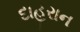
દાહરાન